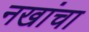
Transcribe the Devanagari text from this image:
नखांचा